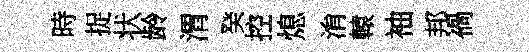
時捉状龄渭癸控熄㳙轅袖邦禍